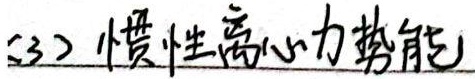
(3) 惯性离心力势能